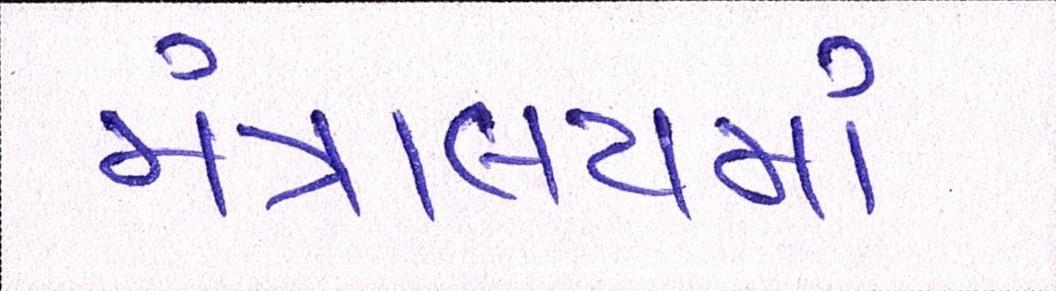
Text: મંત્રાલયમાં